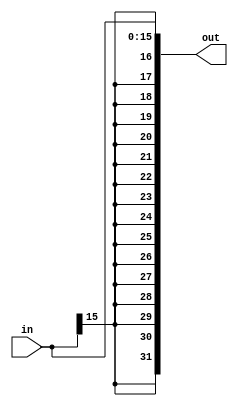
`timescale 1ns / 1ns

module sign_extend( 
							in, 
							out
						);
						
parameter size = 32;
parameter imm_size = 16;

input [imm_size-1:0] in;
output  [size-1:0] out;

assign out [imm_size-1:0] = in;

genvar i;

generate
for (i=imm_size ; i < size ; i=i+1) begin : seblock
assign out[i] = in[imm_size-1];
end
endgenerate


endmodule